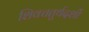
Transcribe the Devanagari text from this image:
शिवचतुर्थदर्शी